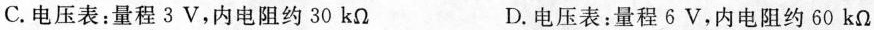
C.电压表：量程3V，内电阻约30kΩ D.电压表：量程6V，内电阻约60kΩ